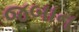
જબાન